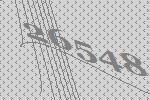
26548